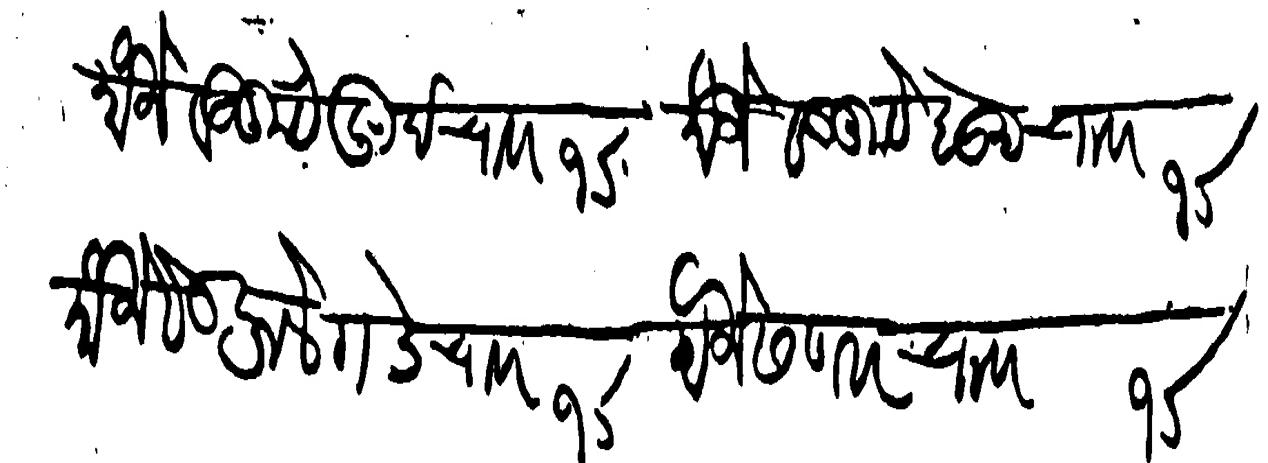
Transliteration (Devanagari): मौजे वडकुटे खुर्द चावर १σ मौजे वडकुटे बा चावर १σ मौजे सेटफळे गंडे चावर १σ मौजे सणसर चावर १σ